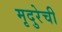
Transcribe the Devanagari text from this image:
मृदुरेची